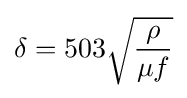
\delta =503{\sqrt {\frac {\rho }{\mu f}}}